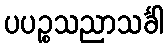
ပပဉ္စသညာသင်္ခါ